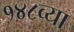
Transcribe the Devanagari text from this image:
१४८व्या